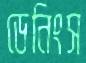
ডেনিংস